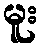
မူး